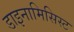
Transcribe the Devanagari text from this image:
डाइनामिसिस्ट